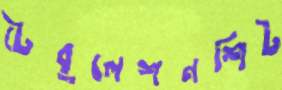
টেবুলেশনশিট